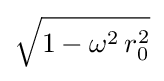
{\sqrt {1-\omega ^{2}\,r_{0}^{2}}}